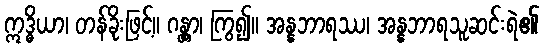
ဣဒ္ဓိယာ၊ တန်ခိုးဖြင့်။ ဂန္တွာ၊ ကြွ၍။ အန္နဘာရဿ၊ အန္နဘာရသူဆင်းရဲ၏